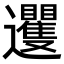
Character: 䢲